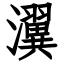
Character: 瀷